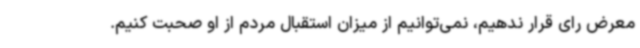
معرض رای قرار ندهیم، نمی‌توانیم از میزان استقبال مردم از او صحبت کنیم.